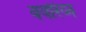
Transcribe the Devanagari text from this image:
बवरिय्न